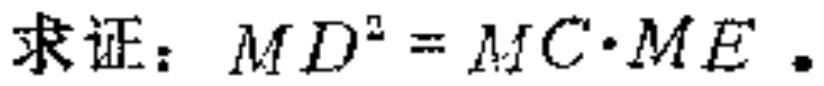
求证：\(MD^{2}=MC\cdot ME\) 。